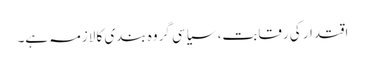
اقتدار کی رقابت، سیاسی گروہ بندی کا لازمہ ہے۔